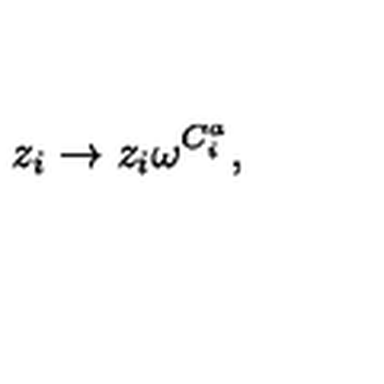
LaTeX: z _ { i } \rightarrow z _ { i } \omega ^ { C _ { i } ^ { a } } ,